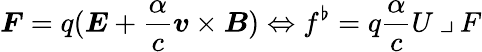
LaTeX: \boldsymbol{F}=q(\boldsymbol{E}+\frac{\alpha}{c}\boldsymbol{v}\times\boldsymbol{B})\Leftrightarrow f^{\flat}=q\frac{\alpha}{c}U\mathbin{\lrcorner}F